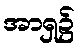
အာရှ၌